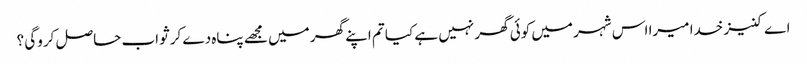
اے کنیز خدا میرا اس شہر میں کوئی گھر نہیں ہے کیا تم اپنے گھر میں مجھے پناہ دے کر ثواب حاصل کروگی ؟